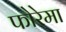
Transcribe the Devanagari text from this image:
फोरेमा